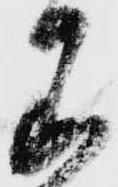
わ